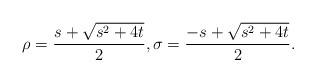
LaTeX: \begin{align*}\rho = \frac{s + \sqrt{s^2+4t}}{2},\sigma = \frac{-s + \sqrt{s^2+4t}}{2}.\end{align*}